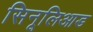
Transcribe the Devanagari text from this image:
सिनूलिआड